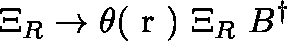
\Xi _ { R } \rightarrow \theta ( \mathrm { \boldmath ~ r ~ } ) ~ \Xi _ { R } ~ B ^ { \dag }